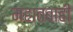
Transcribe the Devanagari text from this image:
महातबाही